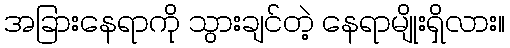
အခြားနေရာကို သွားချင်တဲ့ နေရာမျိုးရှိလား။